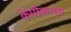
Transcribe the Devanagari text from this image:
केमीकल्स